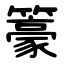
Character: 籇